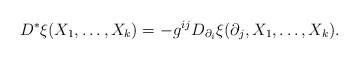
LaTeX: \begin{align*}D^*\xi(X_1,\ldots,X_k)=-g^{ij}D_{\partial_i}\xi(\partial_j,X_1,\ldots,X_k).\end{align*}